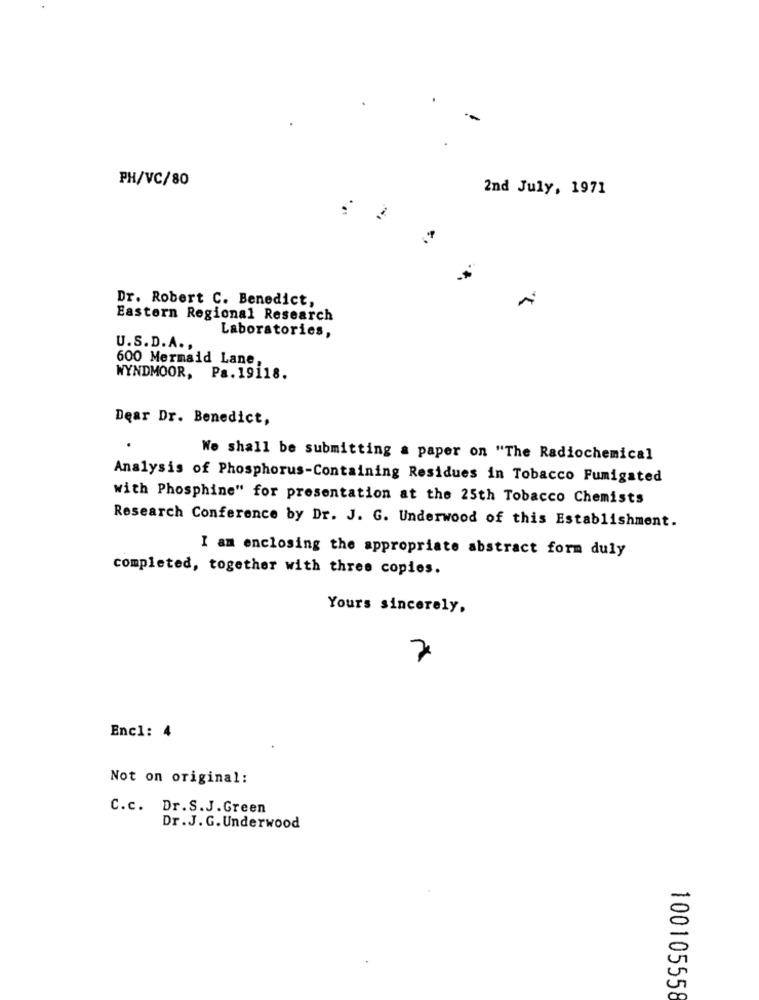
PH/VC/80
2nd July, 1971
Dr. Robert C. Benedict,
Eastern Regional Research
Laboratories,
U.S.D.A. ,
600 Mermaid Lane
WYNDMOOR, Pa. 19118.
Dear Dr. Benedict,
We shall be submitting a paper on "The Radiochemical
Analysis of Phosphorus-Containing Residues in Tobacco Fumigated
with Phosphine" for presentation at the 25th Tobacco Chemists
Research Conference by Dr. J. G. Underwood of this Establishment.
I am enclosing the appropriate abstract form duly
completed, together with three copies.
Yours sincerely,
7
Encl: 4
Not on original:
C.c. Dr.S.J.Green
Dr. J. G. Underwood
100105558